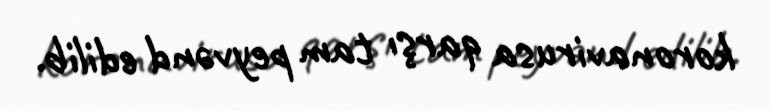
koronavirusa qarşı tam peyvənd edilib.